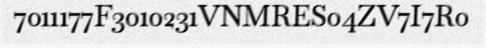
7011177F3010231VNMRES04ZV7I7R0